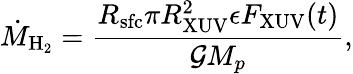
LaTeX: \dot{M}_{\mathrm{H}_{2}}=\frac{R_{\mathrm{sfc}}\pi R_{\mathrm{XUV}}^{2}\epsilon F_{\mathrm{XUV}}(t)}{\mathcal{G}M_{p}},